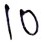
Text: 10